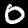
Digit: 0